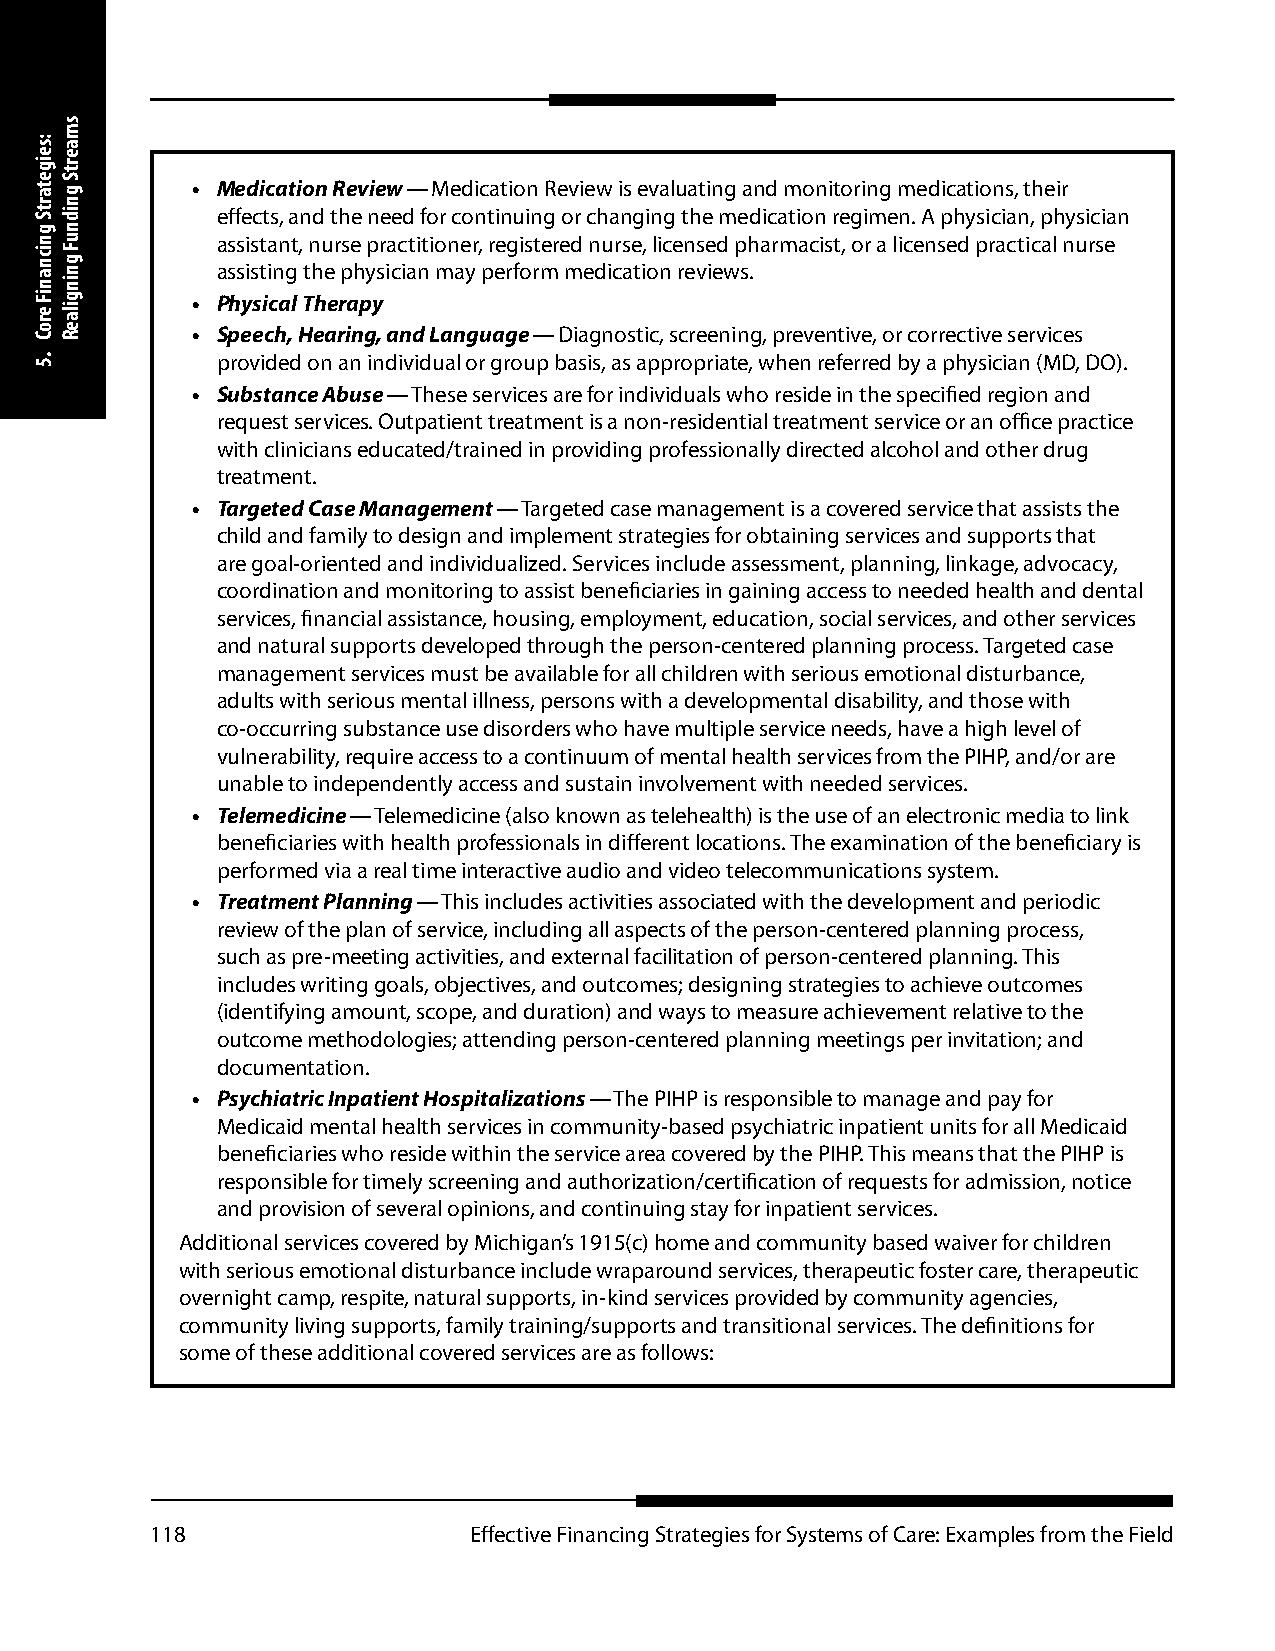
• Medication Review — Medication Review is evaluating and monitoring medications, their
 effects, and the need for continuing or changing the medication regimen. A physician, physician
 assistant, nurse practitioner, registered nurse, licensed pharmacist, or a licensed practical nurse
 assisting the physician may perform medication reviews.
 • Physical Therapy
 • Speech, Hearing, and Language — Diagnostic, screening, preventive, or corrective services
 provided on an individual or group basis, as appropriate, when referred by a physician (MD, DO).
 • Substance Abuse — These services are for individuals who reside in the specified region and
 request services. Outpatient treatment is a non-residential treatment service or an office practice
 with clinicians educated/trained in providing professionally directed alcohol and other drug
 treatment.
 • Targeted Case Management — Targeted case management is a covered service that assists the
 child and family to design and implement strategies for obtaining services and supports that
 are goal-oriented and individualized. Services include assessment, planning, linkage, advocacy,
 coordination and monitoring to assist beneficiaries in gaining access to needed health and dental
 services, financial assistance, housing, employment, education, social services, and other services
 and natural supports developed through the person-centered planning process. Targeted case
 management services must be available for all children with serious emotional disturbance,
 adults with serious mental illness, persons with a developmental disability, and those with
 co-occurring substance use disorders who have multiple service needs, have a high level of
 vulnerability, require access to a continuum of mental health services from the PIHP, and/or are
 unable to independently access and sustain involvement with needed services.
 • Telemedicine — Telemedicine (also known as telehealth) is the use of an electronic media to link
 beneficiaries with health professionals in different locations. The examination of the beneficiary is
 performed via a real time interactive audio and video telecommunications system.
 • Treatment Planning — This includes activities associated with the development and periodic
 review of the plan of service, including all aspects of the person-centered planning process,
 such as pre-meeting activities, and external facilitation of person-centered planning. This
 includes writing goals, objectives, and outcomes; designing strategies to achieve outcomes
 (identifying amount, scope, and duration) and ways to measure achievement relative to the
 outcome methodologies; attending person-centered planning meetings per invitation; and
 documentation.
 • Psychiatric Inpatient Hospitalizations — The PIHP is responsible to manage and pay for
 Medicaid mental health services in community-based psychiatric inpatient units for all Medicaid
 beneficiaries who reside within the service area covered by the PIHP. This means that the PIHP is
 responsible for timely screening and authorization/certification of requests for admission, notice
 and provision of several opinions, and continuing stay for inpatient services.
 Additional services covered by Michigan’s 1915(c) home and community based waiver for children
 with serious emotional disturbance include wraparound services, therapeutic foster care, therapeutic
 overnight camp, respite, natural supports, in-kind services provided by community agencies,
 community living supports, family training/supports and transitional services. The definitions for
 some of these additional covered services are as follows:
 118                  Effective Financing Strategies for Systems of Care: Examples from the Field
 :seigetartS
 gnicnaniF
 eroC
 .5
 smaertS
 gnidnuF
 gningilaeR